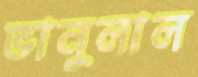
ভানুলাল